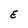
Character: E